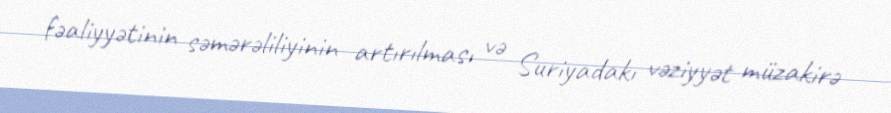
fəaliyyətinin səmərəliliyinin artırılması və Suriyadakı vəziyyət müzakirə